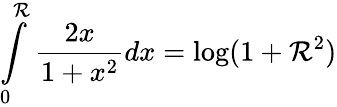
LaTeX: \int\limits_{0}^{\mathcal{R}}\frac{{2x}}{{1+x^{2}}}dx=\log(1+\mathcal{R}^{2})